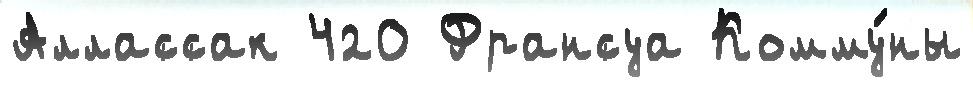
Аллассак 420 Франсуа Комму́ны